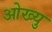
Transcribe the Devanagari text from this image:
ओख्यु